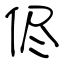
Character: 侭